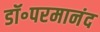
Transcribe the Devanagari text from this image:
डॉ॰परमानंद